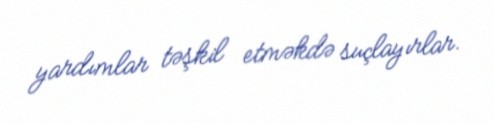
yardımlar təşkil etməkdə suçlayırlar.